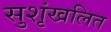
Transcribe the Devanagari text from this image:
सुशृंखलित